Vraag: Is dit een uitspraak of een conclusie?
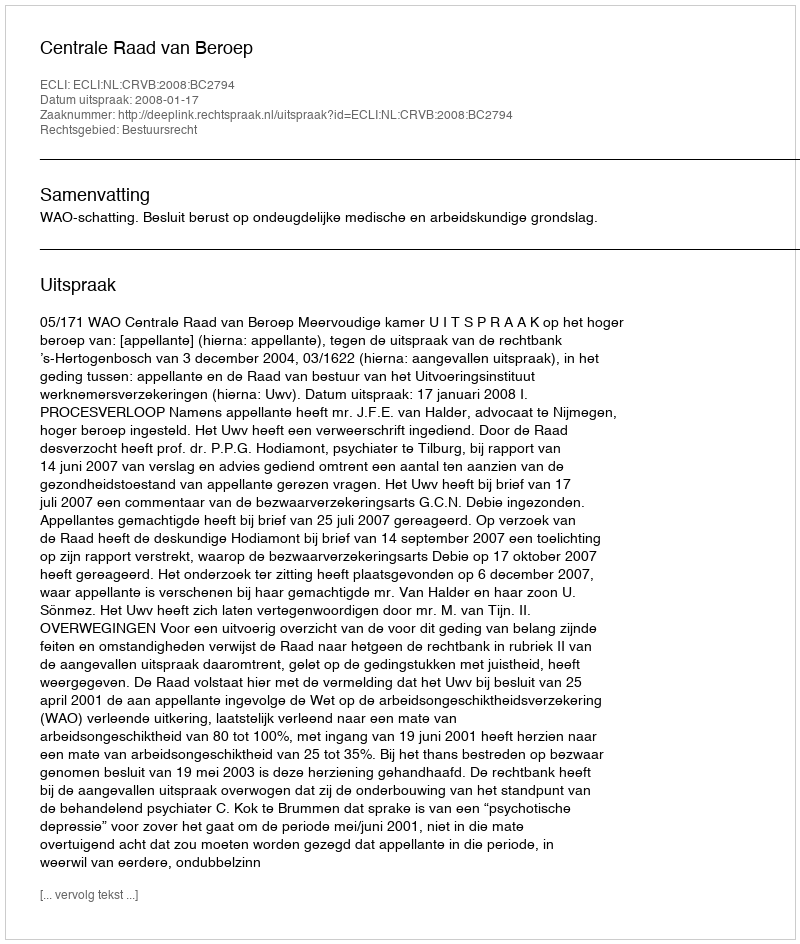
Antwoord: Uitspraak